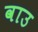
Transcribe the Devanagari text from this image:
वाउ